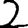
Digit: 2